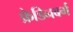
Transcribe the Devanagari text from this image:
फ्रेडिनबर्ग